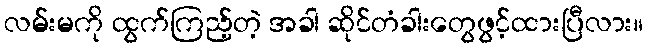
လမ်းမကို ထွက်ကြည့်တဲ့ အခါ ဆိုင်တံခါးတွေဖွင့်ထားပြီလား။